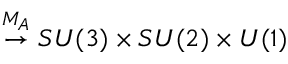
\stackrel { M _ { A } } { \rightarrow } S U ( 3 ) \times S U ( 2 ) \times U ( 1 )